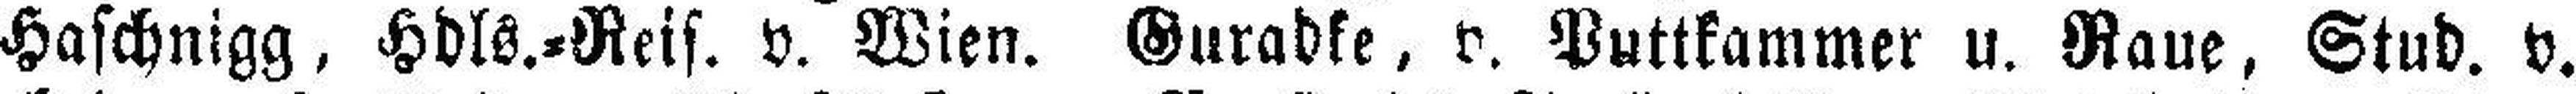
Haschnigg, Hdls.=Reis. v. Wien. Guradke, v. Puttkammer u. Raue, Stud. v.